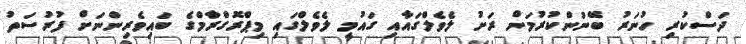
ދަސްކުރި ހުނަރު ބޭނުންކުރުމަށް ރަށު ލެވެލްގައާއި ގައުމީ ލެވެލްގައި މިޕްރޮގްރާމްގެ ބައިވެރިންނަށް ފުރުސަތު